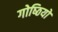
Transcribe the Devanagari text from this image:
गोष्‍ठियों